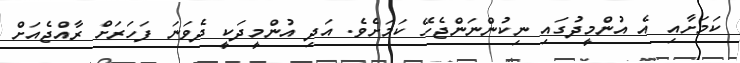
ކަމަށާއި އެ އުންމީދުގައި ނިކުންނަންޖެހޭ ކަމަށެވެ. އަދި އުންމީދަކީ ދެވަނަ ފަހަރަށް ރާއްޖެއަށް